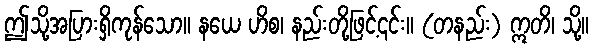
ဤသို့အပြားရှိကုန်သော။ နယေ ဟိစ၊ နည်းတို့ဖြင့်၎င်း။ (တနည်း) ဣတိ၊ သို့။